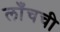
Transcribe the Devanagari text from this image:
लाँचची